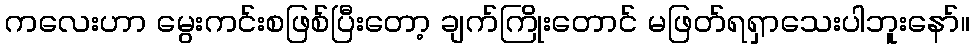
ကလေးဟာ မွေးကင်းစဖြစ်ပြီးတော့ ချက်ကြိုးတောင် မဖြတ်ရရှာသေးပါဘူးနော်။